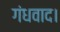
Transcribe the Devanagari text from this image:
गंधवाद।